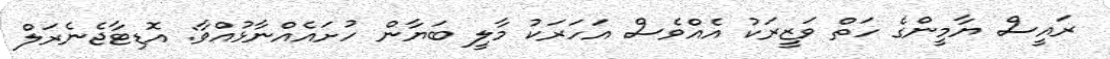
ރައީސް ޔާމީންގެ ހަތް ވަޒީރަކު އެއްވެސް އަހަރަކު މާލީ ބަޔާން ހުށައެއްނާޅުއްވާ: އޮޑިޓާޖެނެރަލް